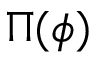
\Pi ( \phi )